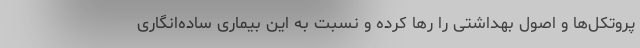
پروتکل‌ها و اصول بهداشتی را رها کرده و نسبت به این بیماری ساده‌انگاری